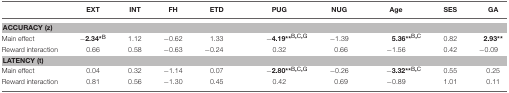
<table><thead><tr><td></td><td><b>EXT</b></td><td><b>INT</b></td><td><b>FH</b></td><td><b>ETD</b></td><td><b>PUG</b></td><td><b>NUG</b></td><td><b>Age</b></td><td><b>SES</b></td><td><b>GA</b></td></tr></thead><tbody><tr><td colspan="10"><b>ACCURACY (z)</b></td></tr><tr><td>Main effect</td><td>−<b>2.34<sup>*</sup></b><sup>B</sup></td><td>1.12</td><td>−0.62</td><td>1.33</td><td>−<b>4.19<sup>**</sup></b><sup>B</sup><sup>,</sup><sup>C</sup><sup>,</sup><sup>G</sup></td><td>−1.39</td><td><b>5.36<sup>**</sup></b><sup>B</sup><sup>,</sup><sup>C</sup></td><td>0.82</td><td><b>2.93<sup>**</sup></b></td></tr><tr><td>Reward interaction</td><td>0.66</td><td>0.58</td><td>−0.63</td><td>−0.24</td><td>0.32</td><td>0.66</td><td>−1.56</td><td>0.42</td><td>−0.09</td></tr><tr><td colspan="10"><b>LATENCY (t)</b></td></tr><tr><td>Main effect</td><td>0.04</td><td>0.32</td><td>−1.14</td><td>0.07</td><td>−<b>2.80<sup>**</sup></b><sup>B</sup><sup>,</sup><sup>C</sup><sup>,</sup><sup>G</sup></td><td>−0.26</td><td>−<b>3.32<sup>**</sup></b><sup>B</sup><sup>,</sup><sup>C</sup></td><td>0.55</td><td>0.25</td></tr><tr><td>Reward interaction</td><td>0.81</td><td>0.56</td><td>−1.30</td><td>0.45</td><td>0.42</td><td>0.69</td><td>−0.89</td><td>1.01</td><td>0.11</td></tr></tbody></table>